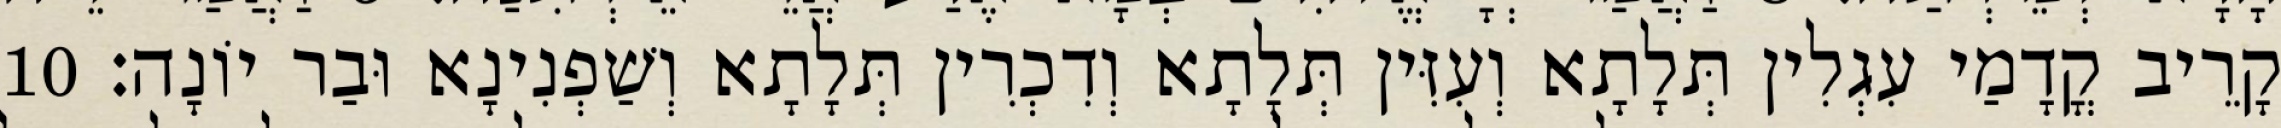
קָרֵיב קֳדָמַי עִגְלִין תְּלָתָא וְעִזִּין תְּלָתָא וְדִכְרִין תְּלָתָא וְשַׁפְנִינָא וּבַר יוֹנָה׃ 10